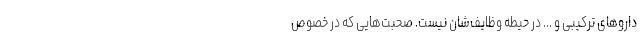
داروهای ترکیبی و ... در حیطه وظایف‌شان نیست. صحبت‌هایی که در خصوص